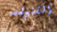
القنبله